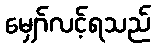
မျှော်လင့်ရသည်